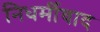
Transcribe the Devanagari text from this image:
निधर्मीवाद